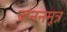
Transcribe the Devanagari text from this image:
जननमूत्र